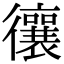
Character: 忀